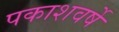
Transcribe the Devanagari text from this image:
पकाशवर्षे